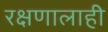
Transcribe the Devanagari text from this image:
रक्षणालाही